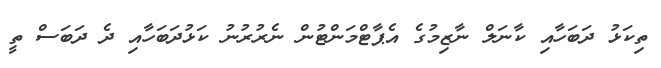
ތިކަޅު ދަބަހާއި ކާނަލް ނާޒިމުގެ އެޕާޓްމަންޓުން ނެރުރުނު ކަޅުދަބަހާއި ދެ ދަބަސް ތީ